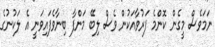
ނަމަވެސް މީގެން ކޮންމެ ފަރުވާއަކުން ވެސް ލިބޭ މަންފާ ބިނާވެފައިވަނީ އެ ލަކުނުގެ